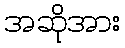
အဆိုအား